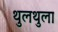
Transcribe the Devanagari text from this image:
थुलथुला